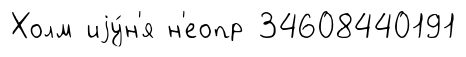
Холм иjу́н'я н'еопр 34608440191